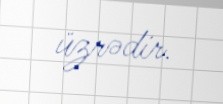
üzrədir.